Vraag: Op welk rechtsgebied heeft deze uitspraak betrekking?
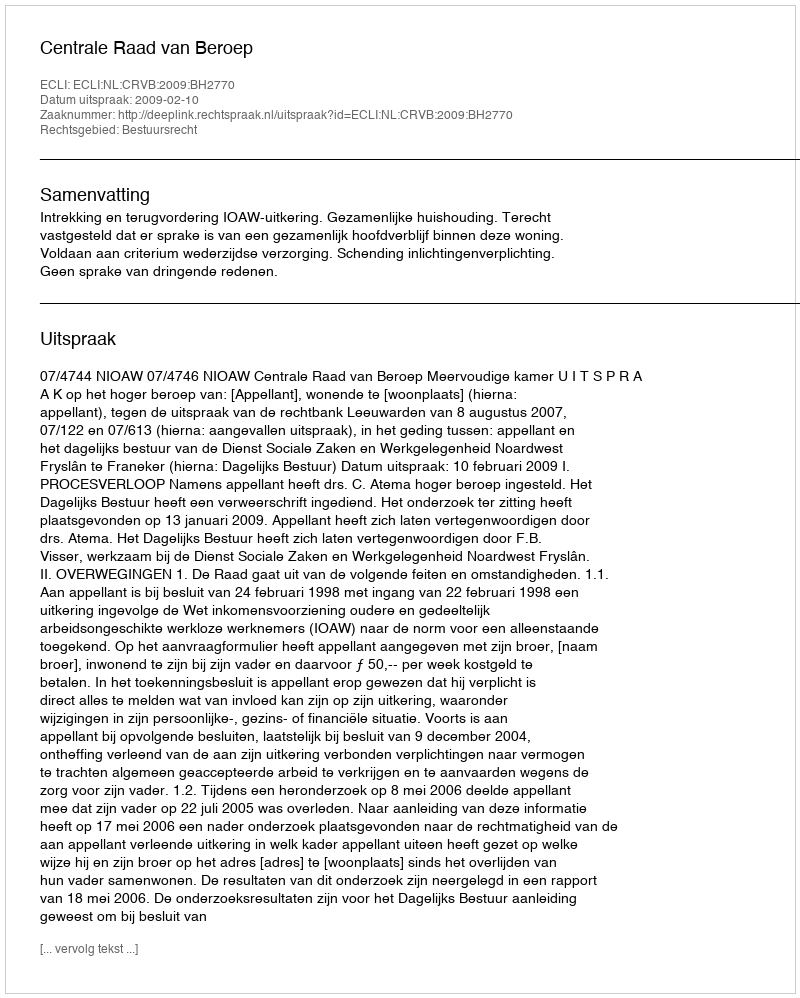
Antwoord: Bestuursrecht